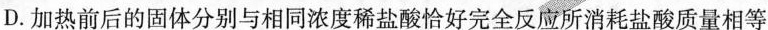
D.加热前后的固体分别与相同浓度稀盐酸恰好完全反应所消耗盐酸质量相等